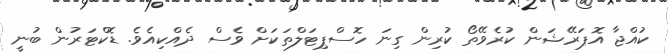
ކުއްޖާ އޮޕަރޭޝަން ކުރެވޭތޯ ކުރިން ގިނަ ހޮސްޕިޓަލްތަކަށް ވެސް ދެއްކިއެވެ. ޑޮކްޓަރުން ބުނީ